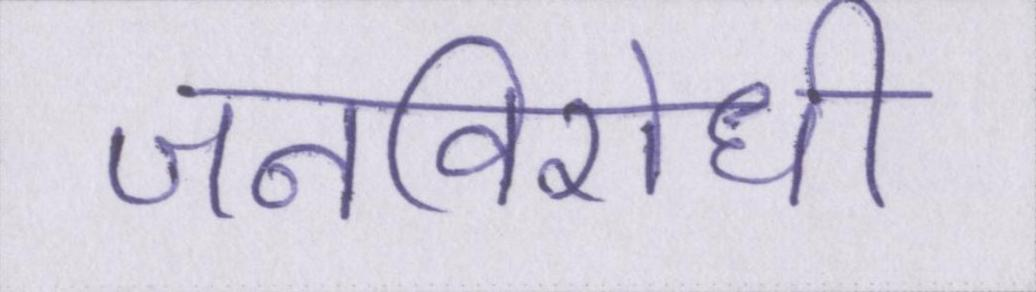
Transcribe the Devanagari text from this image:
जनविरोधी